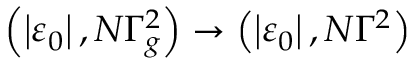
\left( \left\vert \varepsilon _ { 0 } \right\vert , N \Gamma _ { g } ^ { 2 } \right) \to \left( \left\vert \varepsilon _ { 0 } \right\vert , N { \Gamma } ^ { 2 } \right)